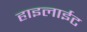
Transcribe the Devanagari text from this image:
हाइलाईट